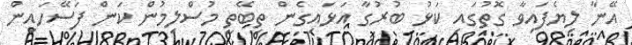
އޭނާ ލިޔެފައިވާ ގޮތުގައި ކަޅު ބުރުގާ އަޅައިގެން ތިބޭތީ މުސްލިމުން ކަން ފަސޭހައިން